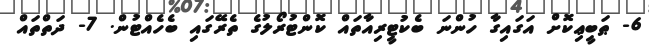
6- ޠަބީޢިކޮށް އަގައިގާ ހުންނަ ބެކުޓީރިއާތައް ކޮންޓުރޯލުގެ ތެރޭގައި ބެހެއްޓުން. 7- ދަތްތައް